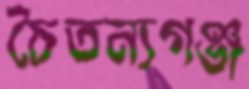
চৈতন্যগঞ্জ